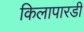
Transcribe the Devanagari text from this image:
किलापारडी